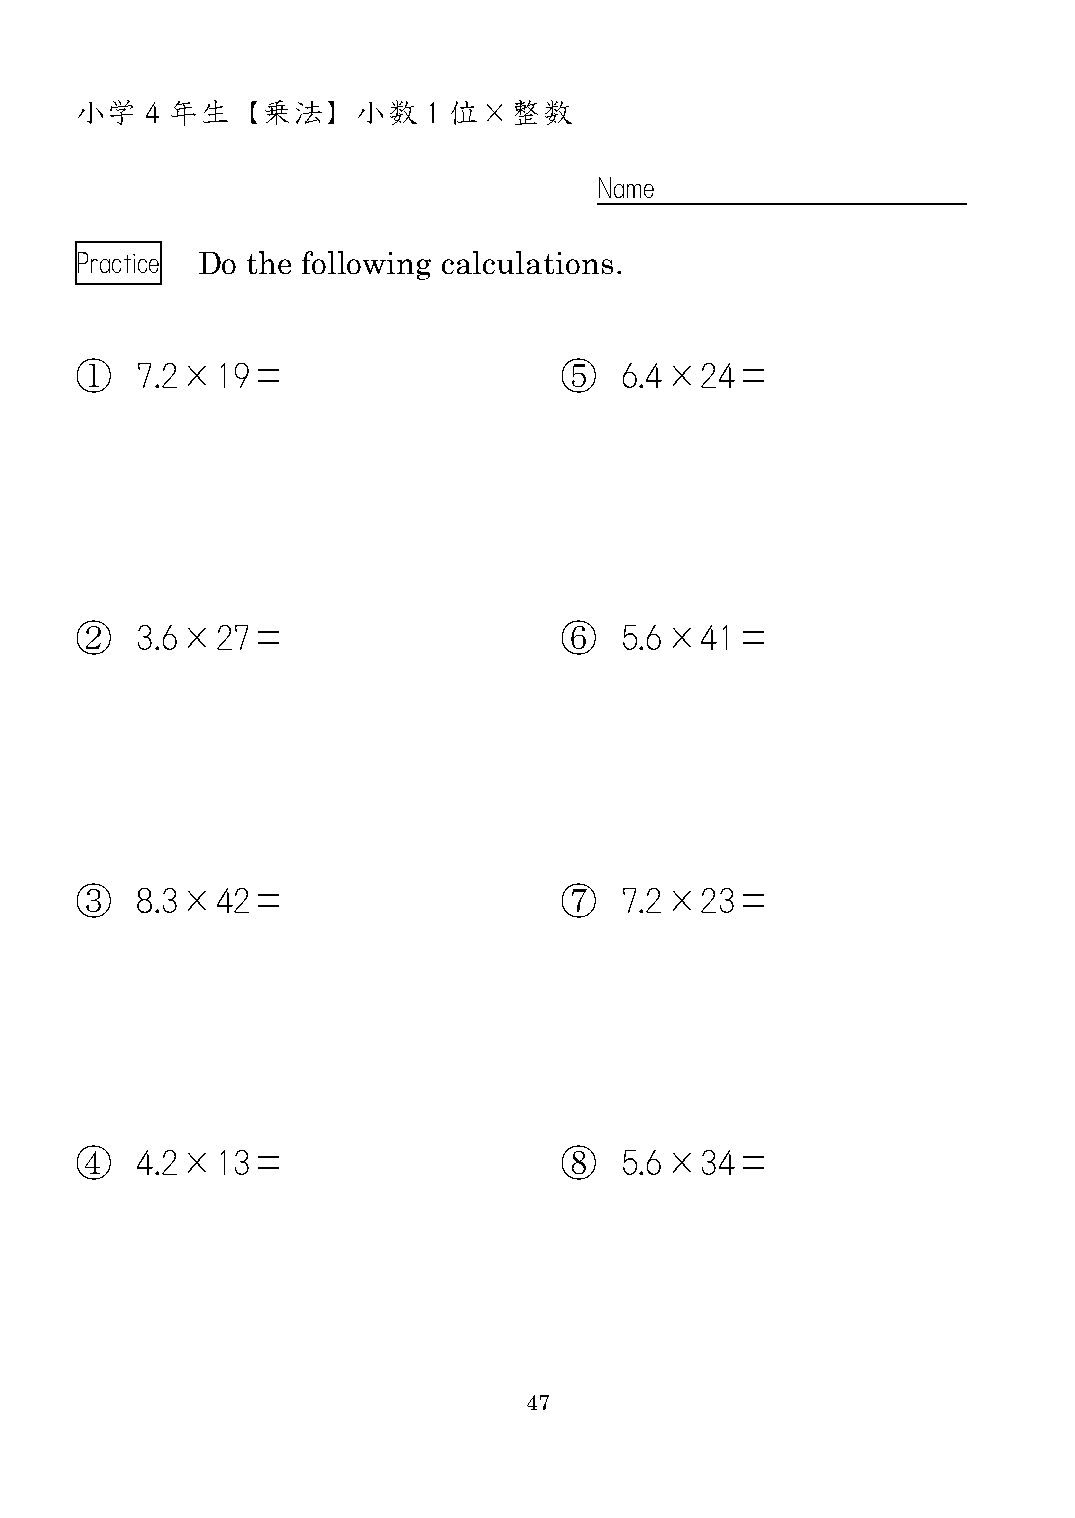
小学   4 年生  【乗法】    小数  1 位×整数
 Name
 Practice Do the following calculations.
 ①   7.2×19＝                     ⑤   6.4×24＝
 ②   3.6×27＝                     ⑥   5.6×41＝
 ③   8.3×42＝                     ⑦   7.2×23＝
 ④   4.2×13＝                     ⑧   5.6×34＝
 47